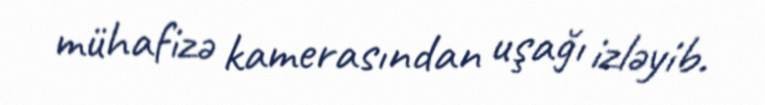
mühafizə kamerasından uşağı izləyib.